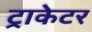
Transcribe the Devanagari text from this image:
ट्राकेटर